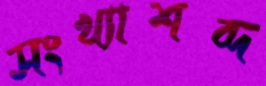
সংখ্যাশব্দ